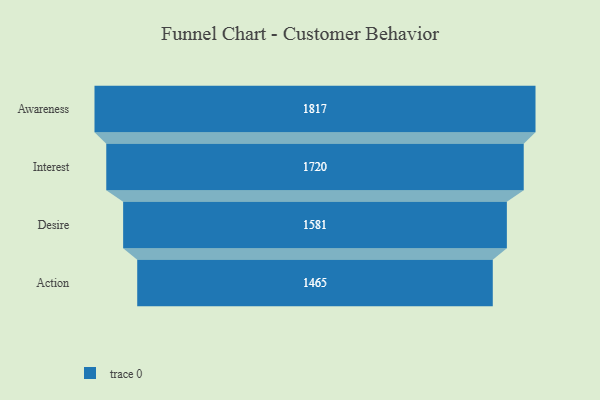
{"axis": {"x": "Stage", "y": "Value"}, "legend": [""], "data": [{"x": "Awareness", "y": 1817.0, "type": ""}, {"x": "Interest", "y": 1720.0, "type": ""}, {"x": "Desire", "y": 1581.0, "type": ""}, {"x": "Action", "y": 1465.0, "type": ""}]}